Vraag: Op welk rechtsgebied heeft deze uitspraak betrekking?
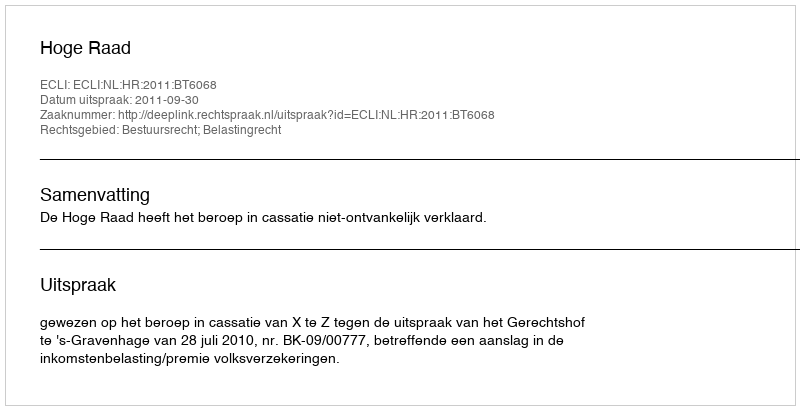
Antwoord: Bestuursrecht; Belastingrecht